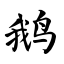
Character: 鹅